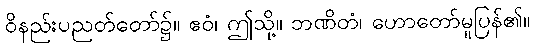
ဝိနည်းပညတ်တော်၌။ ဧဝံ၊ ဤသို့။ ဘဏိတံ၊ ဟောတော်မူပြန်၏။